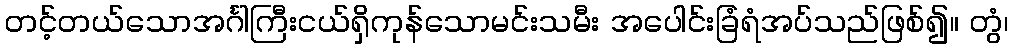
တင့်တယ်သောအင်္ဂါကြီးငယ်ရှိကုန်သောမင်းသမီး အပေါင်းခြံရံအပ်သည်ဖြစ်၍။ တွံ၊